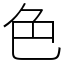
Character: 色